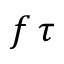
f \, \tau